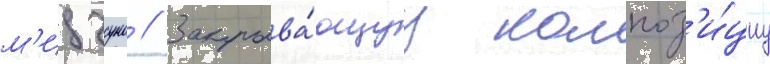
м'идзуно // Закрыва́ющуу композ'и́циу